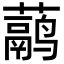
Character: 𬟁